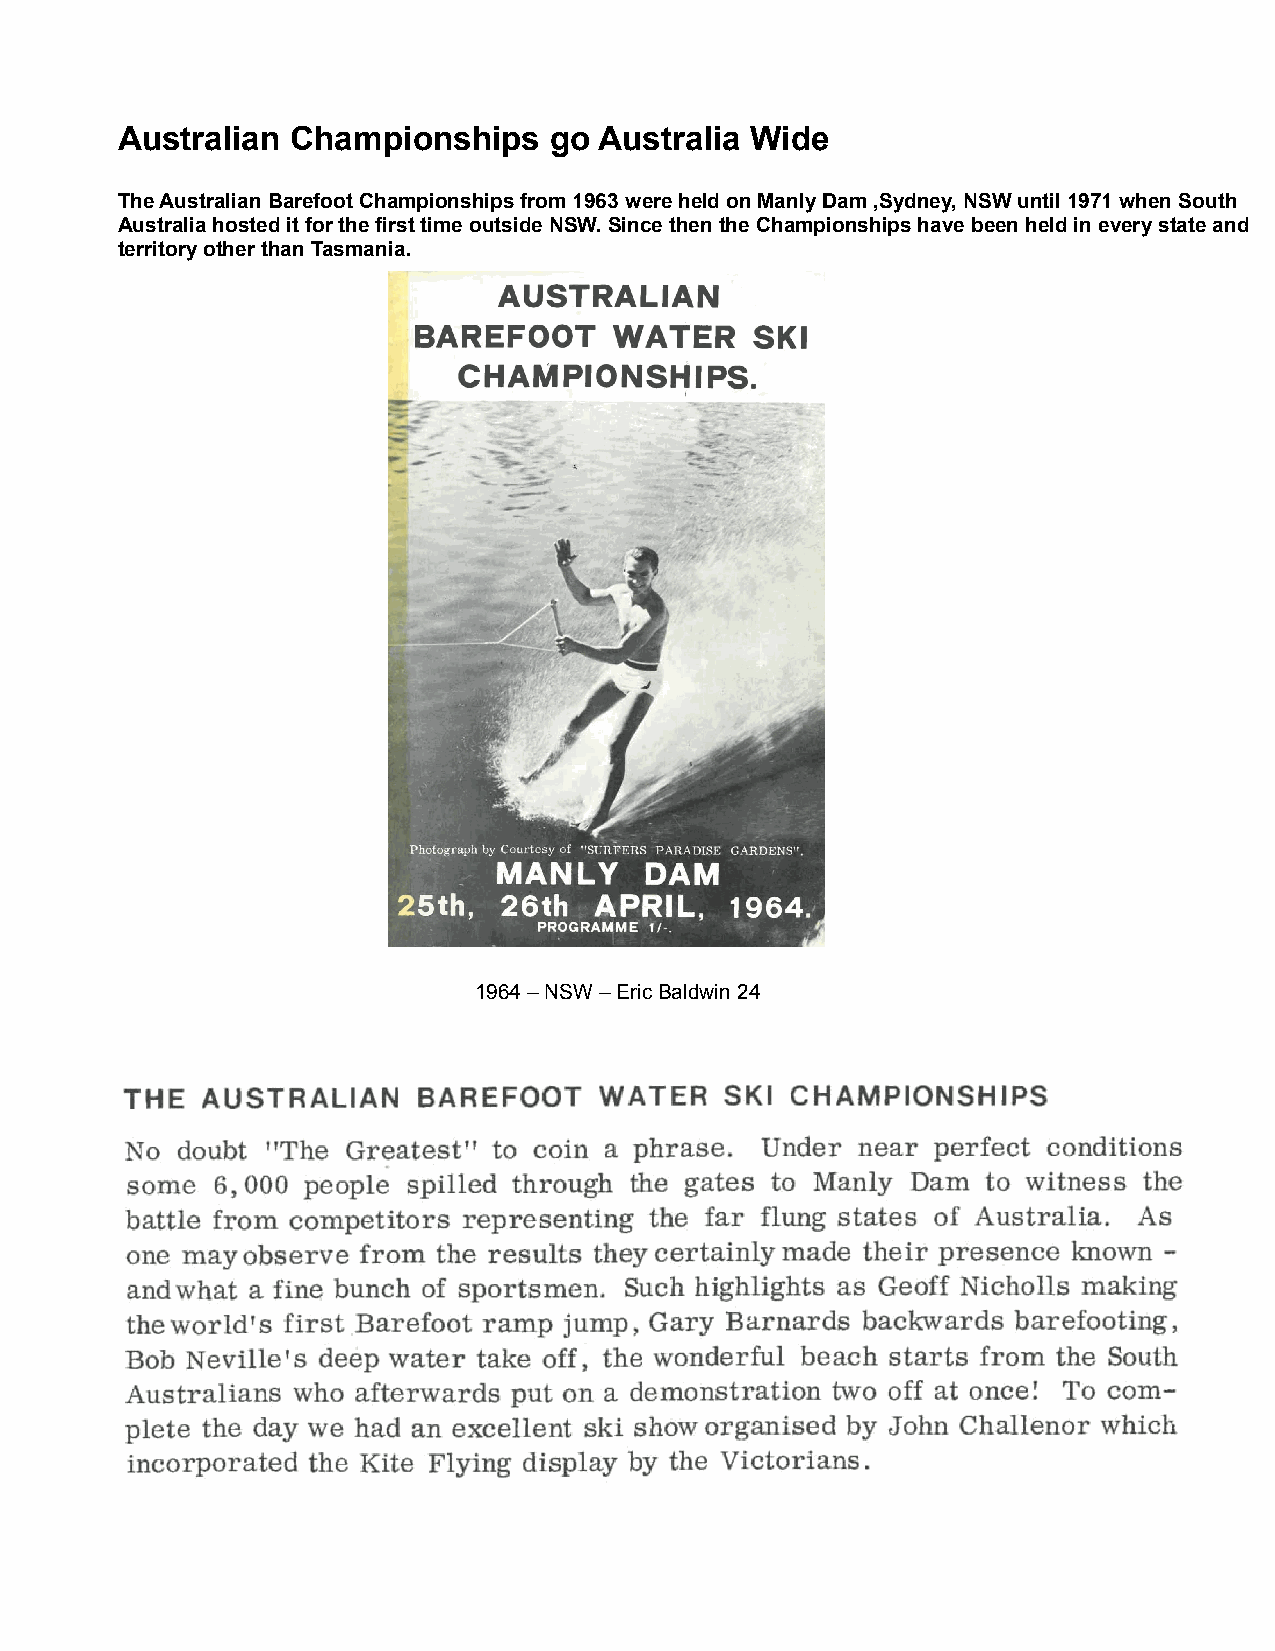
Australian Championships    go  Australia Wide
 The Australian Barefoot Championships from 1963 were held on Manly Dam ,Sydney, NSW until 1971 when South
 Australia hosted it for the first time outside NSW. Since then the Championships have been held in every state and
 territory other than Tasmania.
 1964 – NSW – Eric Baldwin 24